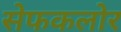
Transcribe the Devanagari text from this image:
सेफकलोर